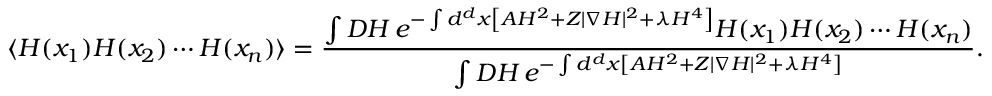
\langle H ( x _ { 1 } ) H ( x _ { 2 } ) \cdots H ( x _ { n } ) \rangle = { \frac { \int D H \, e ^ { - \int d ^ { d } x \left[ A H ^ { 2 } + Z | \nabla H | ^ { 2 } + \lambda H ^ { 4 } \right] } H ( x _ { 1 } ) H ( x _ { 2 } ) \cdots H ( x _ { n } ) } { \int D H \, e ^ { - \int d ^ { d } x \left[ A H ^ { 2 } + Z | \nabla H | ^ { 2 } + \lambda H ^ { 4 } \right] } } } .